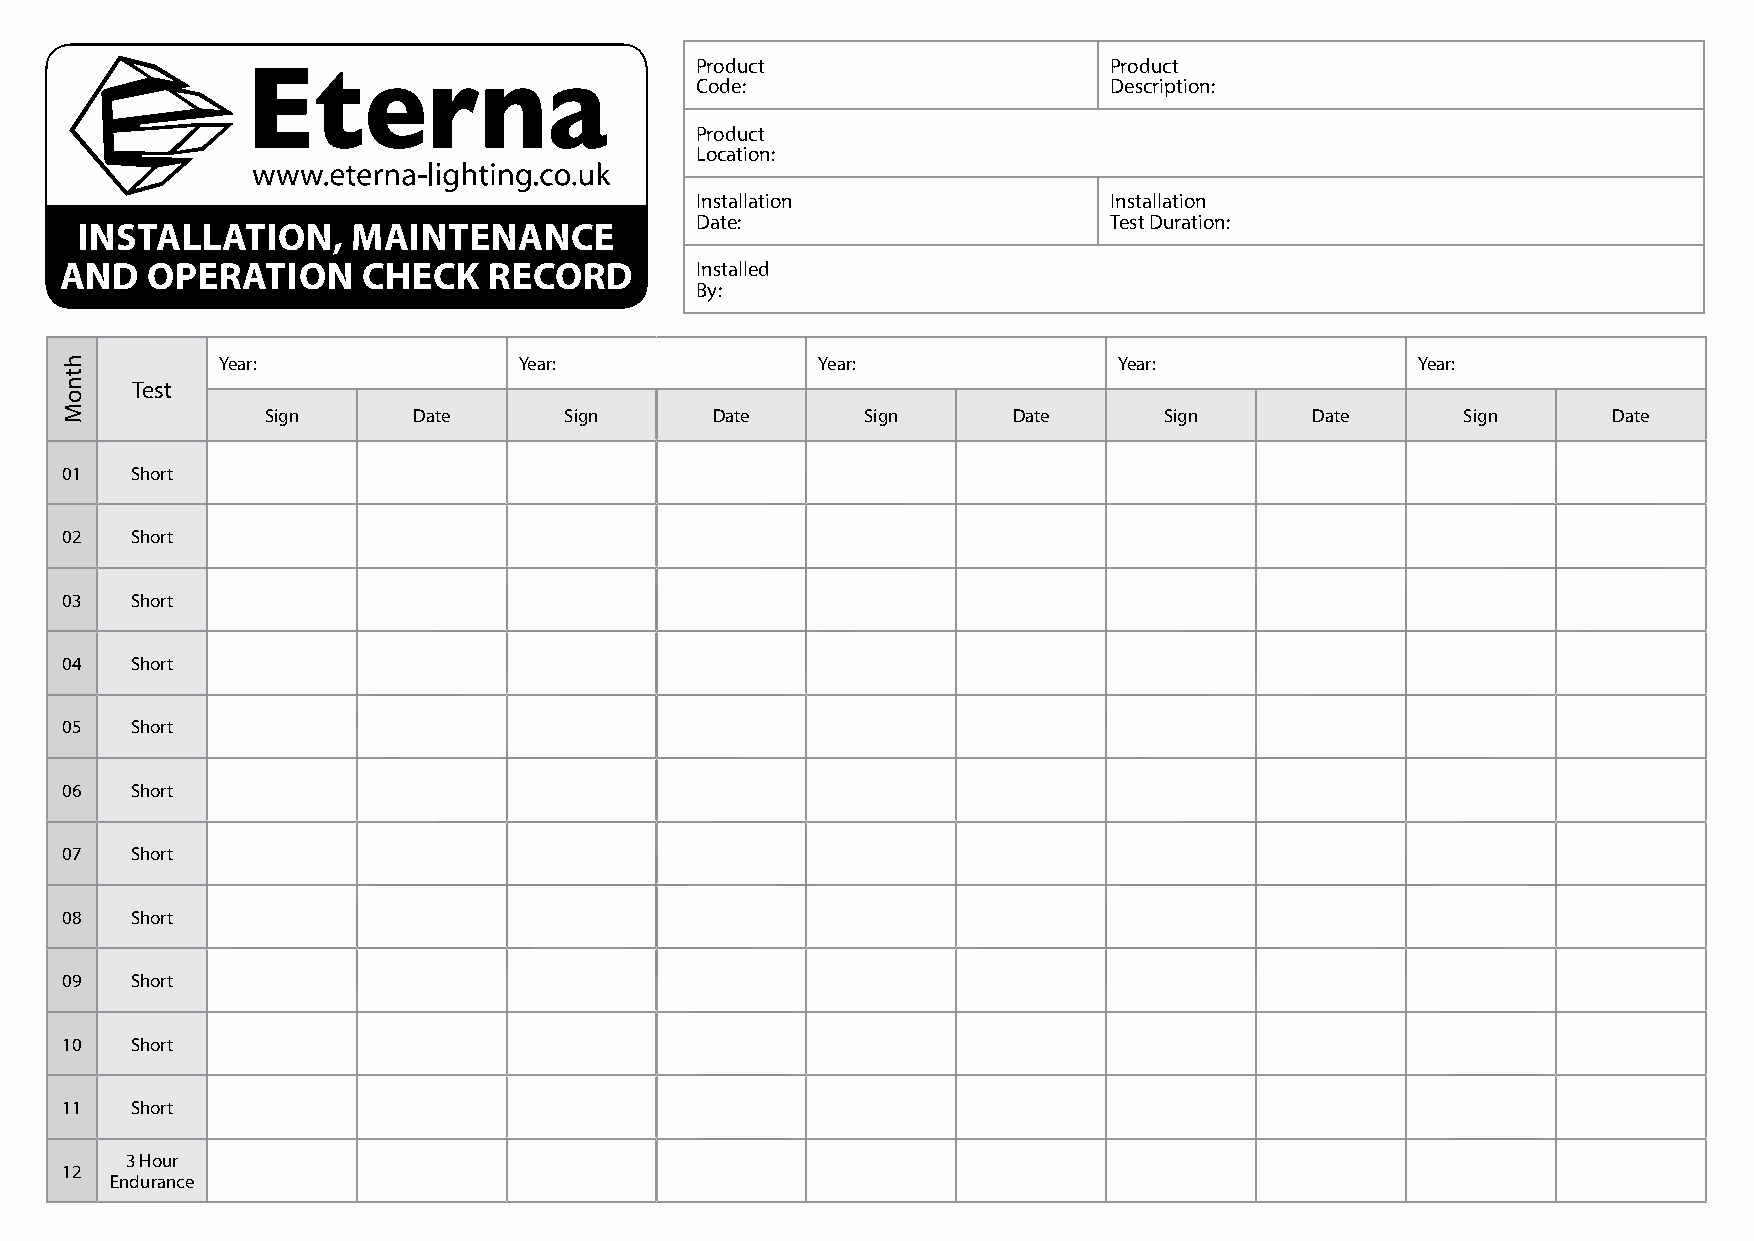
Product                    Product
 Code:                      Description:
 Product
 Location:
 Installation               Installation
 Date:                      Test Duration:
 INSTALLATION,     MAINTENANCE
 AND   OPERATION     CHECK   RECORD        Installed
 By:
 Year:              Year:               Year:               Year:               Year:
 Test
 Sign     Date      Sign      Date      Sign      Date      Sign      Date      Sign      Date
 01   Short
 02   Short
 03   Short
 04   Short
 05   Short
 06   Short
 07   Short
 08   Short
 09   Short
 10   Short
 11   Short
 3 Hour
 12
 Endurance
 htnoM